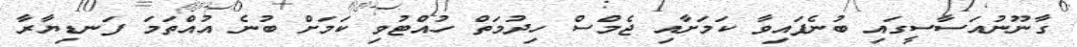
ގާނޫނުއަސާސީގައި ބުނެފައިވާ ކަމަށާއި ޖެމްސް ހިދުމަތް ހުއްޓުވި ކަމަށް ބުނެ އުއްތަމަ ފަނޑިޔާރާ